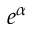
e ^ { \alpha }